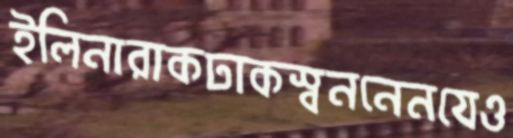
ইলিনারাকঢাকস্বননেনযেও